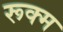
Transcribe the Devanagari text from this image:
रूक्म